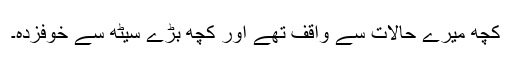
کچھ میرے حالات سے واقف تھے اور کچھ بڑے سیٹھ سے خوفزدہ۔